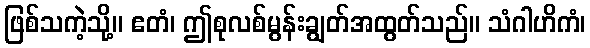
ဖြစ်သကဲ့သို့။ ဧတံ၊ ဤစုလစ်မွန်းချွတ်အထွတ်သည်။ သံဂါဟိကံ၊